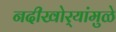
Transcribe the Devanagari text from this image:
नदीखोर्‍यांमुळे